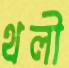
থলী